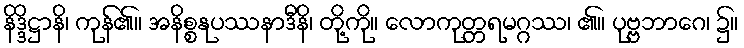
နိဒ္ဒိဋ္ဌာနိ၊ ကုန်၏။ အနိစ္စနုပဿနာဒီနိ၊ တို့ကို။ လောကုတ္တရမဂ္ဂဿ၊ ၏။ ပုဗ္ဗဘာဂေ၊ ၌။